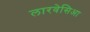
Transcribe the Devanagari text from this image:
लारवेसिआ